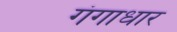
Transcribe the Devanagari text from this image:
गंगाधार